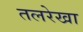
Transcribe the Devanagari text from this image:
तलरेखा